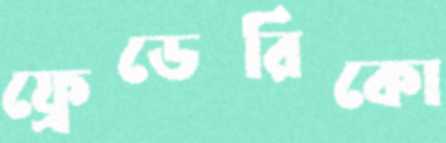
ফ্রেডেরিকো